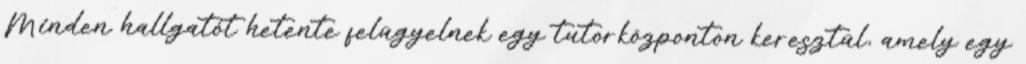
Minden hallgatót hetente felügyelnek egy tutorközponton keresztül, amely egy